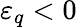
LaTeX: {\varepsilon}_{q}<0